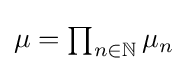
\textstyle \mu =\prod _{n\in \mathbb {N} }\mu _{n}